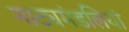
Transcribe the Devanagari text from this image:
नाट्यमंडलियां